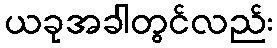
ယခုအခါတွင်လည်း